Vaccination North-Western Provinces and Oudh 1878-1895 - 1878-1895
Year: 1878
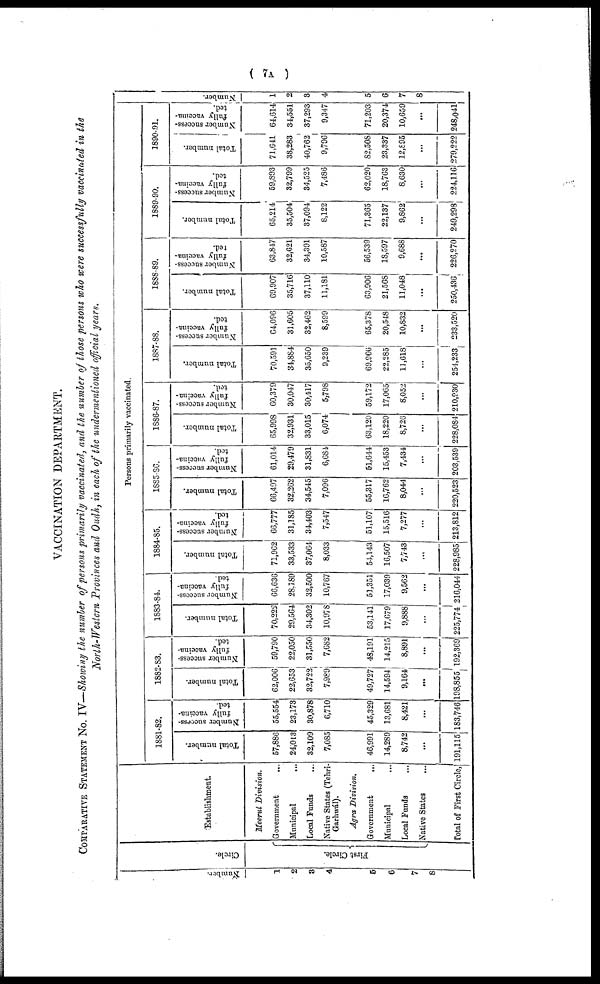
( 7A )
VACCINATION DEPARTMENT.
COMPARATIVE STATEMENT No. IV—Showing the number of persons primarily vaccinated, and the number of those persons who were successfully vaccinated in the
North-Western Provinces and Oudh, in each of the undermentioned official years.
Number.
1
2
3
4
5
6
7
8
Circle.
First Circle.
Establishment.
Meerut Division.
Government ...
Municipal ...
Local Funds ...
Native States (Tehri¬
Garhwál).
Agra Division.
Government
...
Municipal
...
Local Funds ...
Native States ...
Total of First Circle,
Persons primarily vaccinated.
1881-82.
Total number.
57,886
24,013
32,109
7,085
46,991
14,289
8,742
...
191,115
Number success-
fully vaccina-
ted.
55,554
23,173
30,878
6,710
45,329
13,681
8,421
...
183,746
1882-83.
Total number.
62,006
22,653
32,722
7,989
49,727
14,594
9,164
...
198,855
Number success-
fully vaccina-
ted.
59,790
22,050
31,550
7,682
48,191
14,215
8,891
...
192,369
1883-84.
Total number.
70,222
29,564
34,302
10,978
53,141
17,679
9,888
...
225,774
Number success-
fully vaccina-
ted.
66,636
28,189
32,500
10,767
51,351
17,039
9,562
...
216,044
1884-85.
Total number.
71,962
33,533
37,064
8,033
54,143
16,507
7,743
...
228,985
Number success-
fully vaccina-
ted.
66,777
31,185
34,403
7,547
51,107
15,516
7,277
...
213,812
1885-86.
Total number.
66,497
32,262
34,545
7,096
55,317
16,762
8,044
...
220,523
Number success-
fully vaccina¬
ted.
61,014
29,479
31,831
6,684
51,644
15,453
7,434
...
203,539
1886-87.
Total number.
65,998
32,931
33,015
6,074
63,120
18,220
8,726
...
228,084
Number success-
fully vaccina-
ted.
60,379
30,047
30,417
5,798
59,172
17,065
8,052
...
210,930
1887-88.
Total number.
70,591
34,884
35,650
9,239
69,966
22,285
11,618
...
254,233
Number success-
fully vaccina-
ted.
64,096
31,605
32,462
8,599
65,378
20,548
10,832
...
233,520
1888-89.
Total number.
69,907
35,716
37,110
11,181
63,906
21,568
11,048
...
250,436
Number success-
fully vaccina-
ted.
63,847
32,621
34,391
10,587
56,539
18,597
9,688
...
226,270
1889-90.
Total number.
65,214
35,504
37,094
8,122
71,365
22,137
9,862
...
249,298
Number success-
fully vaccina-
ted.
59,893
32,799
34,525
7,486
62,020
18,763
8,630
...
224,116
1890-91.
Total number.
71,641
38,283
40,762
9,796
82,508
23,337
12,895
...
279,222
Number success-
fully vaccina-
ted.
64,614
34,551
37,293
9,347
71,203
20,374
10,659
...
248,041
Number.
1
2
3
4
5
6
7
8